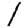
Digit: 1